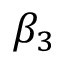
\beta _ { 3 }